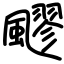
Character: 飂